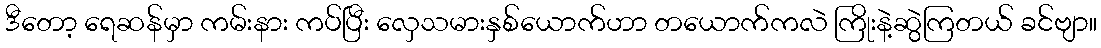
ဒီတော့ ရေဆန်မှာ ကမ်းနား ကပ်ပြီး လှေသမားနှစ်ယောက်ဟာ တယောက်ကလဲ ကြိုးနဲ့ဆွဲကြတယ် ခင်ဗျာ။